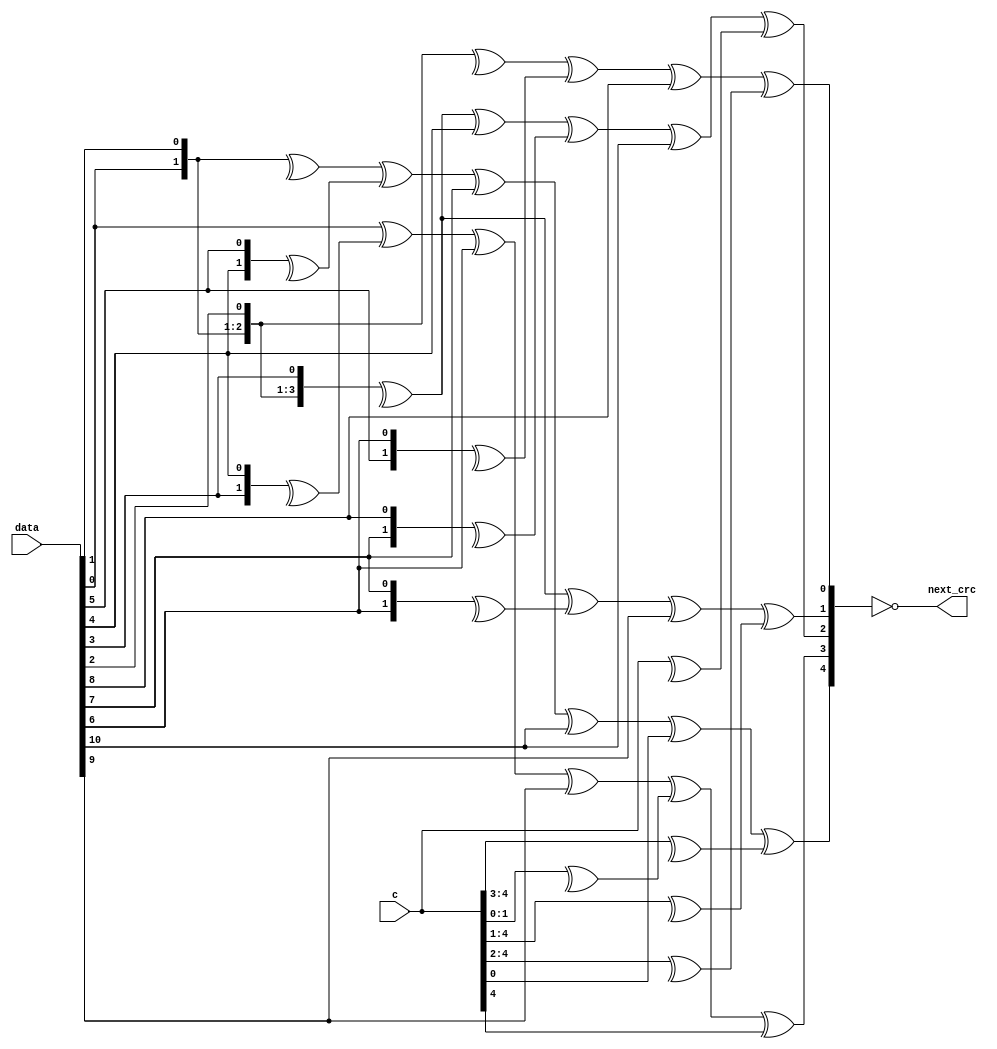

//
// usb 2.0 crc5, crc16
//
// Copyright (c) 2012-2013 Marshall H.
// All rights reserved.
// This code is released under the terms of the simplified BSD license.
// See LICENSE.TXT for details.
//

module usb2_crc5 (

input	wire	[4:0]	c,
input	wire	[10:0]	data,
output	wire	[4:0]	next_crc

);

	// reverse input
	wire	[10:0]	d = { 	data[0], data[1], data[2], data[3], data[4],
							data[5], data[6], data[7], data[8], data[9],
							data[10] };

	wire	[4:0]	q = {
		^d[10:9] ^ ^d[6:5] ^ d[3] ^ d[0] ^ c[0] ^ ^c[4:3],
		d[10] ^ ^d[7:6] ^ d[4] ^ d[1] ^ ^c[1:0] ^ c[4],
		^d[10:7] ^ d[6] ^ ^d[3:2] ^ d[0] ^ ^c[4:0],
		^d[10:7] ^^ d[4:3] ^ d[1] ^ ^c[4:1],
		^d[10:8] ^ ^d[5:4] ^ d[2] ^ ^c[4:2]
	};

	assign	next_crc = ~q;

endmodule


//
// usb 2.0 crc16
//
// Copyright (c) 2012-2013 Marshall H.
// All rights reserved.
// This code is released under the terms of the simplified BSD license.
// See LICENSE.TXT for details.
//

module usb2_crc16 (

input	wire	[15:0]	c,
input	wire	[7:0]	data,
output	wire	[15:0]	next_crc

);

	wire	[7:0]	d = {data[0], data[1], data[2], data[3],
						data[4], data[5], data[6], data[7]};

	assign next_crc = {
		^d[7:0] ^ ^c[15:7],
		c[6],
		c[5],
		c[4],
		c[3],
		c[2],
		d[7] ^ c[1] ^ c[15],
		^d[7:6] ^ ^c[0] ^ ^c[15:14],
		^d[6:5] ^ ^c[14:13],
		^d[5:4] ^ ^c[13:12],
		^d[4:3] ^ ^c[12:11],
		^d[3:2] ^ ^c[11:10],
		^d[2:1] ^ ^c[10:9],
		^d[1:0] ^ ^c[9:8],
		^d[7:1] ^ ^c[15:9],
		^d[7:0] ^ ^c[15:8]
	};

endmodule